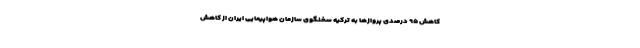
کاهش ۹۵ درصدی پروازها به ترکیه سخنگوی سازمان هواپیمایی ایران از کاهش